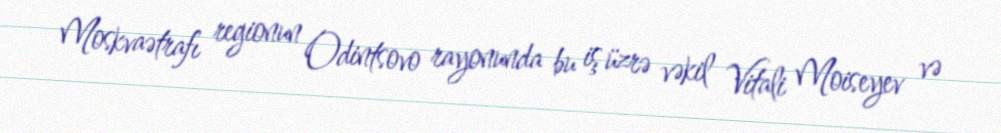
Moskvaətrafı regionun Odintsovo rayonunda bu iş üzrə vəkil Vitali Moiseyev və